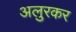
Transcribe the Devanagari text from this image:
अलुरकर